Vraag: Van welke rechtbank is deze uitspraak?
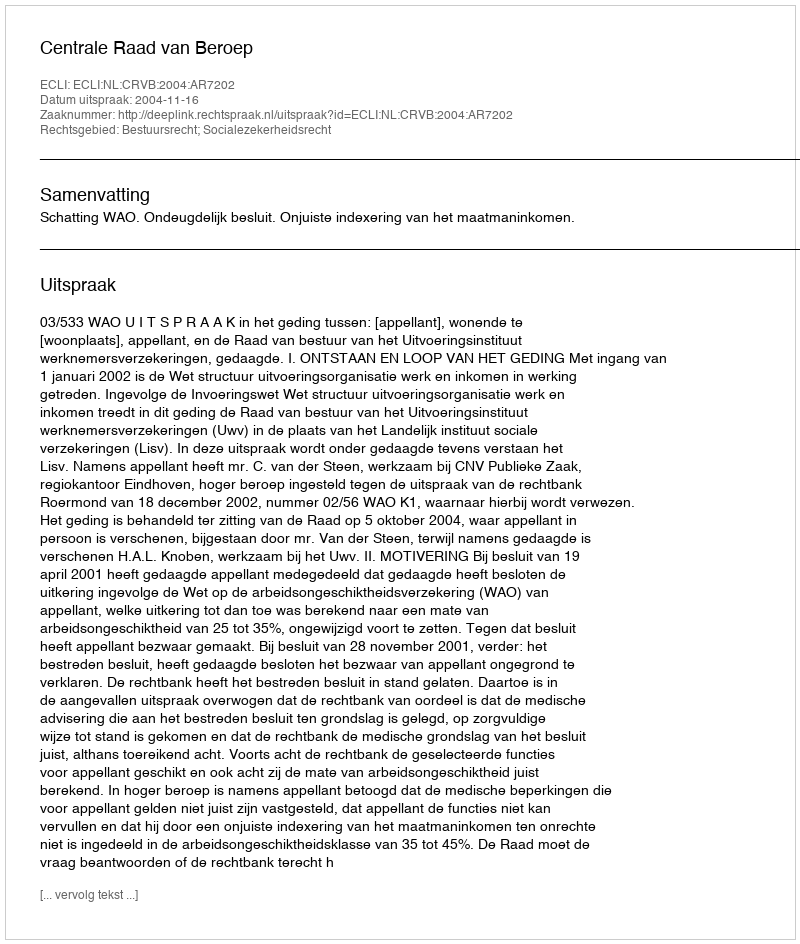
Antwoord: Centrale Raad van Beroep